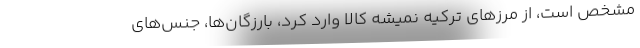
مشخص است، از مرزهاي تركيه نميشه كالا وارد كرد، بارزگان‌ها، جنس‌هاي